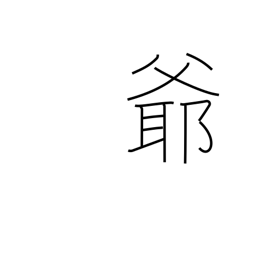
Meaning: grampa